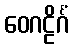
ဝေဂဠိင်္ဂံ